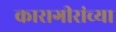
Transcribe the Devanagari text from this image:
कारागीरांच्या